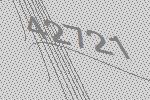
42721